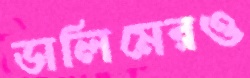
ডালিমেরও